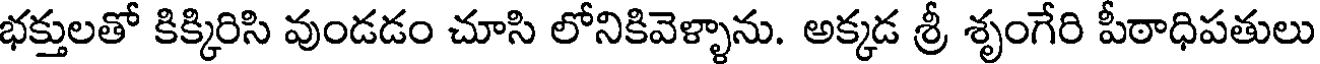
భక్తులతో కిక్కిరిసి వుండడం చూసి లోనికివెళ్ళాను. అక్కడ శ్రీ శృంగేరి పీఠాధిపతులు